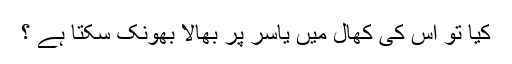
کیا تو اس کی کھال میں یاسر پر بھالا بھونک سکتا ہے ؟